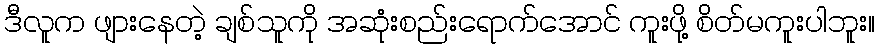
ဒီလူက ဖျားနေတဲ့ ချစ်သူကို အဆုံးစည်းရောက်အောင် ကူးဖို့ စိတ်မကူးပါဘူး။